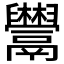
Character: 𩱬